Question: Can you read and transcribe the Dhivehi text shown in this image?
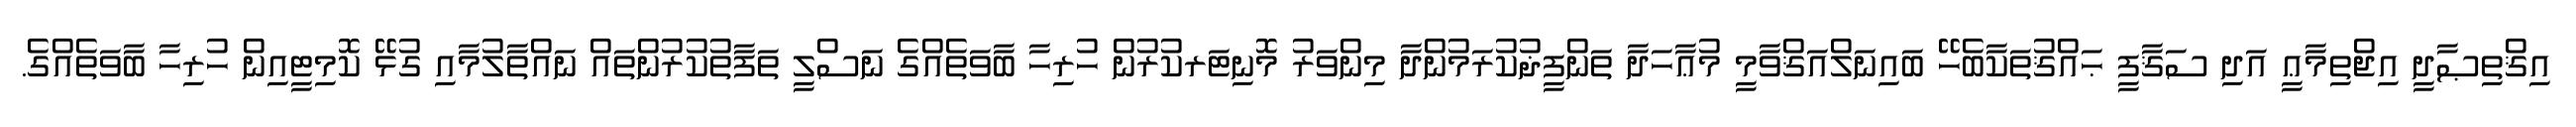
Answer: އިޤްތިޞާދީ އިޖްތިމާޢީ އަދި ސަޤާފީ ޙައްޤުތަކާބެހޭ ބައިނަލްއަޤްވާމީ މުޢާހަދާ ތަންފީޛުކުރަމުންދާ މިންވަރު މޮނިޓަރކުރުން ހުރިހާ ބާވަތެއްގެ ނަސްލީ ތަފާތުކުރުންތައް ނައްތާލުމާއި ގުޅޭ ކޮމިޓީއިން ހުރިހާ ބާވަތެއްގެ.